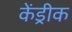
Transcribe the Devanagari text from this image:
केंड्रीक